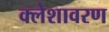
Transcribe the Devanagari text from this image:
क्लेशावरण